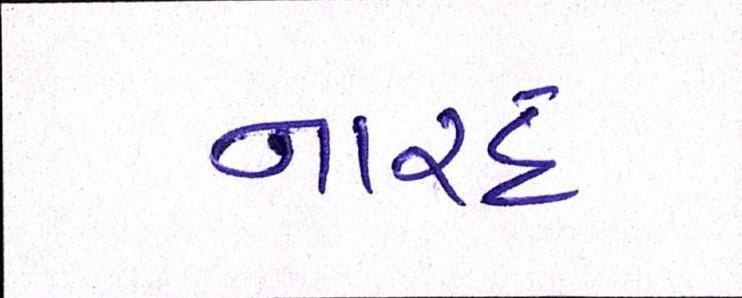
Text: નારદ